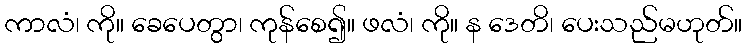
ကာလံ၊ ကို။ ခေပေတွာ၊ ကုန်စေ၍။ ဖလံ၊ ကို။ န ဒေတိ၊ ပေးသည်မဟုတ်။